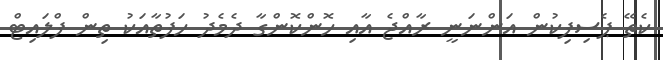
ކެތޭ ޕެސިފިކުން އަންނަނީ ރާއްޖެ އާއި ހޮންކޮންގާ ދެމެދު ހަފުތާއަކު ތިން ފްލައިޓް